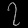
Digit: ၇